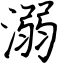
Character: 溺